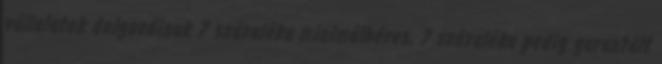
vállalatok dolgozóinak 7 százaléka minimálbéres, 7 százaléka pedig garantált